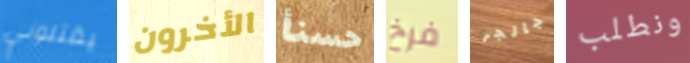
يقتلوني الأخرون حسنأ فرخ جالجر ونطلب